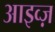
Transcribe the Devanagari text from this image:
आइव्ज़